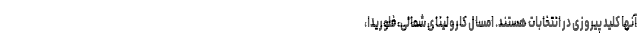
آنها کلید پیروزی در انتخابات هستند. امسال کارولینای شمالی، فلوریدا،